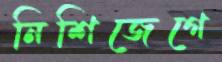
নিশিজেগে